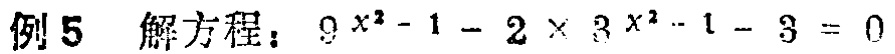
例5 解方程：$9^{x^{2}-1}-2\times3^{x^{2}-1}-3 = 0$